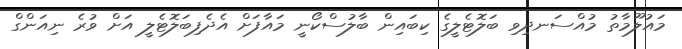
މައުލޫމާތު މުއްސަނދިވި ބަލޮޓެލީގެ ކިބައިން ބާލުސްކޯނީ މައާފަށް އެދެފިބަލޮޓެލީ އަށް ވުރެ ނިއަންގް